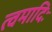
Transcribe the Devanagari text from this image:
त्वमादिः